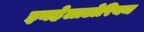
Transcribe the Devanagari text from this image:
इनहेलाटोरियम